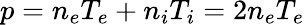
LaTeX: p=n_{e}T_{e}+n_{i}T_{i}=2n_{e}T_{e}